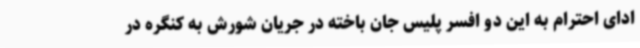
ادای احترام به این دو افسر پلیس جان باخته در جریان شورش به کنگره در